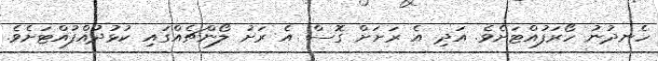
ހެނދުނު ހޯރަފުއްޓަށެވެ. އަދި އެ ރަށަށް ގޮސް އެ ރަށު ލޯންޗެއްގައި ކުޅުދުއްފުއްޓަށެވެ.